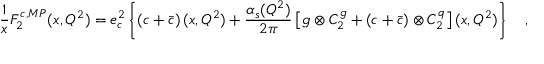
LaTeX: \frac { 1 } { x } F _ { 2 } ^ { c , M P } ( x , Q ^ { 2 } ) = e _ { c } ^ { 2 } \left\{ \left( c + { \bar { c } } \right) ( x , Q ^ { 2 } ) + \frac { \alpha _ { s } ( Q ^ { 2 } ) } { 2 \pi } \left[ g \otimes C _ { 2 } ^ { g } + \left( c + { \bar { c } } \right) \otimes C _ { 2 } ^ { q } \right] ( x , Q ^ { 2 } ) \right\} \ \ \ ,